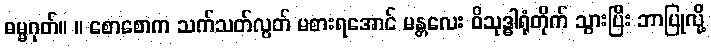
ဓမ္မဂုတ်။ ။ စောစောက သက်သတ်လွတ် မစားရအောင် မန္တလေး ဝိသုဒ္ဓါရုံတိုက် သွားပြီး ဘာပြုလို့